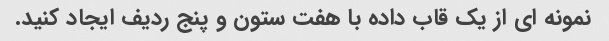
نمونه ای از یک قاب داده با هفت ستون و پنج ردیف ایجاد کنید.